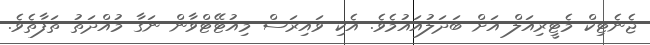
ޖެނެޓިކް މެޓީރިއަލް އަށް ބަދަލުއައުމެވެ. އެކި ވައިރަސް މިއުޓޭޓްވާން ނަގާ މުއްދަތު ތަފާތެވެ.